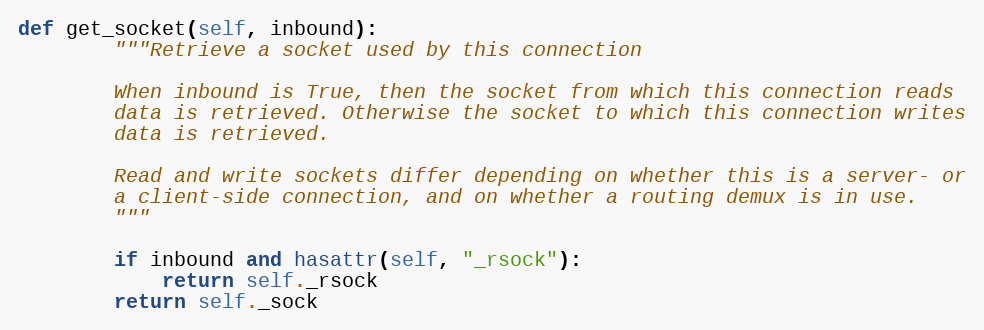
Language: Python
def get_socket(self, inbound):
        """Retrieve a socket used by this connection

        When inbound is True, then the socket from which this connection reads
        data is retrieved. Otherwise the socket to which this connection writes
        data is retrieved.

        Read and write sockets differ depending on whether this is a server- or
        a client-side connection, and on whether a routing demux is in use.
        """

        if inbound and hasattr(self, "_rsock"):
            return self._rsock
        return self._sock